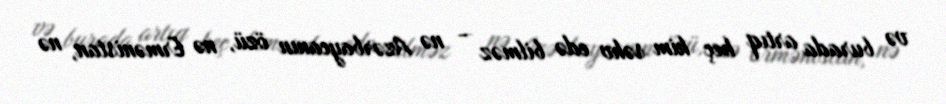
və burada artıq heç kim səhv edə bilməz - nə Azərbaycanın özü, nə Ermənistan, nə